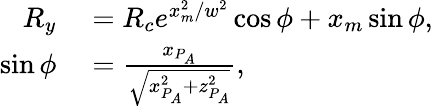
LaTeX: \begin{array}{rl}{R_{y}}&{{}=R_{c}e^{x_{m}^{2}/w^{2}}\cos\phi+x_{m}\sin\phi,}\\ {\sin\phi}&{{}=\frac{x_{P_{A}}}{\sqrt{x_{P_{A}}^{2}+z_{P_{A}}^{2}}},}\end{array}